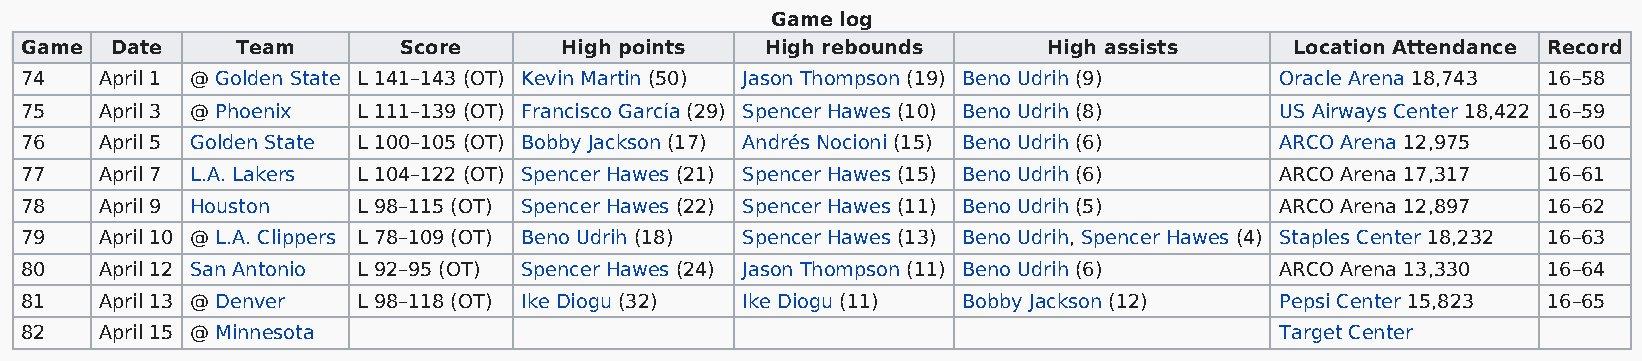
Game log
 Game  Date     Team      Score      High points   High rebounds     High assists     Location Attendance Record
 74    April 1 @ Golden State L 141–143 (OT) Kevin Martin (50) Jason Thompson (19) Beno Udrih (9) Oracle Arena 18,743 16–58
 75    April 3 @ Phoenix L 111–139 (OT) Francisco García (29) Spencer Hawes (10) Beno Udrih (8) US Airways Center 18,422 16–59
 76    April 5 Golden State L 100–105 (OT) Bobby Jackson (17) Andrés Nocioni (15) Beno Udrih (6) ARCO Arena 12,975 16–60
 77    April 7 L.A. Lakers L 104–122 (OT) Spencer Hawes (21) Spencer Hawes (15) Beno Udrih (6) ARCO Arena 17,317 16–61
 78    April 9 Houston  L 98–115 (OT) Spencer Hawes (22) Spencer Hawes (11) Beno Udrih (5) ARCO Arena 12,897 16–62
 79    April 10 @ L.A. Clippers L 78–109 (OT) Beno Udrih (18) Spencer Hawes (13) Beno Udrih, Spencer Hawes (4) Staples Center 18,232 16–63
 80    April 12 San Antonio L 92–95 (OT) Spencer Hawes (24) Jason Thompson (11) Beno Udrih (6) ARCO Arena 13,330 16–64
 81    April 13 @ Denver L 98–118 (OT) Ike Diogu (32) Ike Diogu (11) Bobby Jackson (12) Pepsi Center 15,823 16–65
 82    April 15 @ Minnesota                                                          Target Center